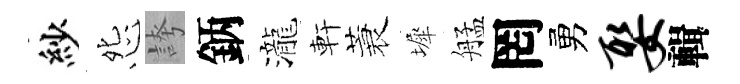
紗怨誇鈵瀧軒蓑墀艋罔勇娶輯